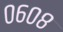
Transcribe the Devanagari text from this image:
०६०८